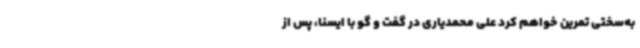
به‌سختی تمرین خواهم کرد علی محمدیاری در گفت و گو با ایسنا، پس از